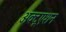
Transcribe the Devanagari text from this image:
अक्टूएशन